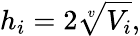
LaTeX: h_{i}=2\sqrt[v]{V_{i}},